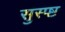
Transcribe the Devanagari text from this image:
सुस्प्ष्ट